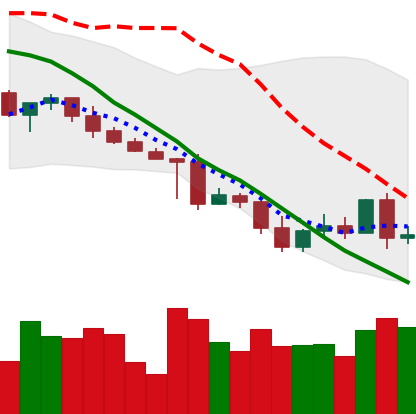
Ticker: XRP-USD
Chart end date: 2022-05-06
Forward return: -31.398%
Label: down_7plus